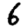
Digit: 6